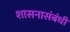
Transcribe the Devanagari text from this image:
शासनासंबंधी